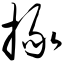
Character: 掾